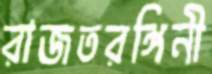
রাজতরঙ্গিনী